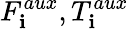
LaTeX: F_{\mathbf{i}}^{aux},T_{\mathbf{i}}^{aux}